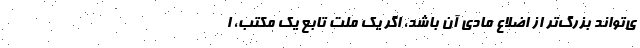
ی‌تواند بزرگ‌تر از اضلاع مادی آن باشد، اگر یک ملت تابع یک مکتب، ا